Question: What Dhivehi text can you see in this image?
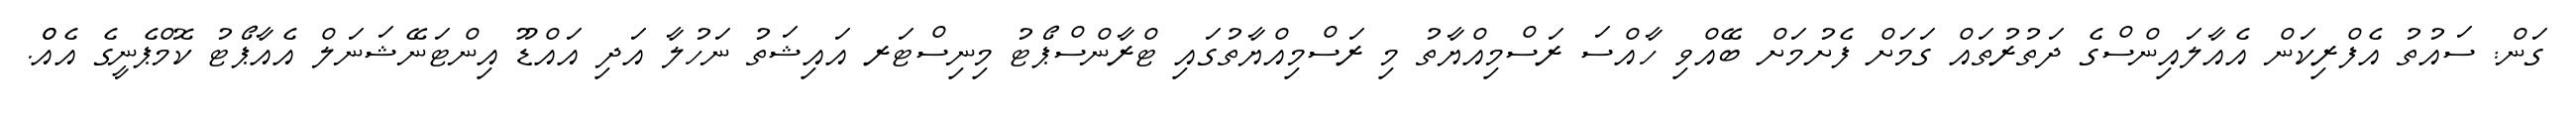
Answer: ގަން: ސައުތު އެފްރިކަން އެއާލައިންސްގެ ދަތުރުތައް ގަމަށް ފެށުމަށް ބޭއްވި ހާއްސަ ރަސްމިއްޔާތު މި ރަސްމިއްޔާތުގައި ޓްރާންސްޕޯޓު މިނިސްޓަރ އައިޝަތު ނަހުލާ އަދި އައްޑޫ އިންޓަނޭޝަނަލް އެއާޕޯޓު ކޮމްޕެނީގެ އެއްް.